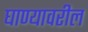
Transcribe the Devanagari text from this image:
घाण्यावरील